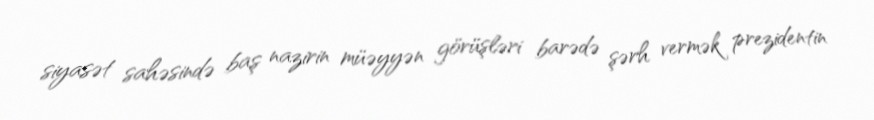
siyasət sahəsində baş nazirin müəyyən görüşləri barədə şərh vermək prezidentin